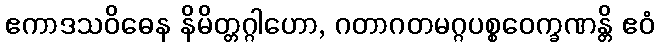
ဧကာဒသဝိဓေန နိမိတ္တဂ္ဂါဟော, ဂတာဂတမဂ္ဂပစ္စဝေက္ခဏန္တိ ဧဝံ